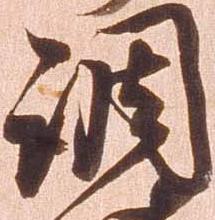
調